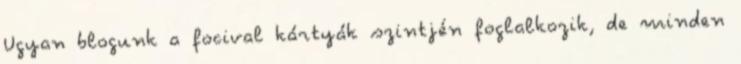
Ugyan blogunk a focival kártyák szintjén foglalkozik, de minden